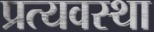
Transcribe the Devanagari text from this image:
प्रत्यवस्था